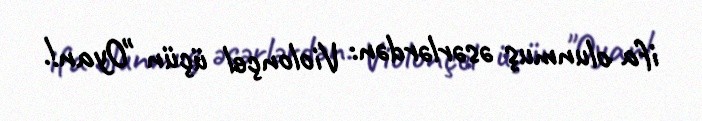
ifa olunmuş əsərlərdən: Violonçel üçün "Oyan!.